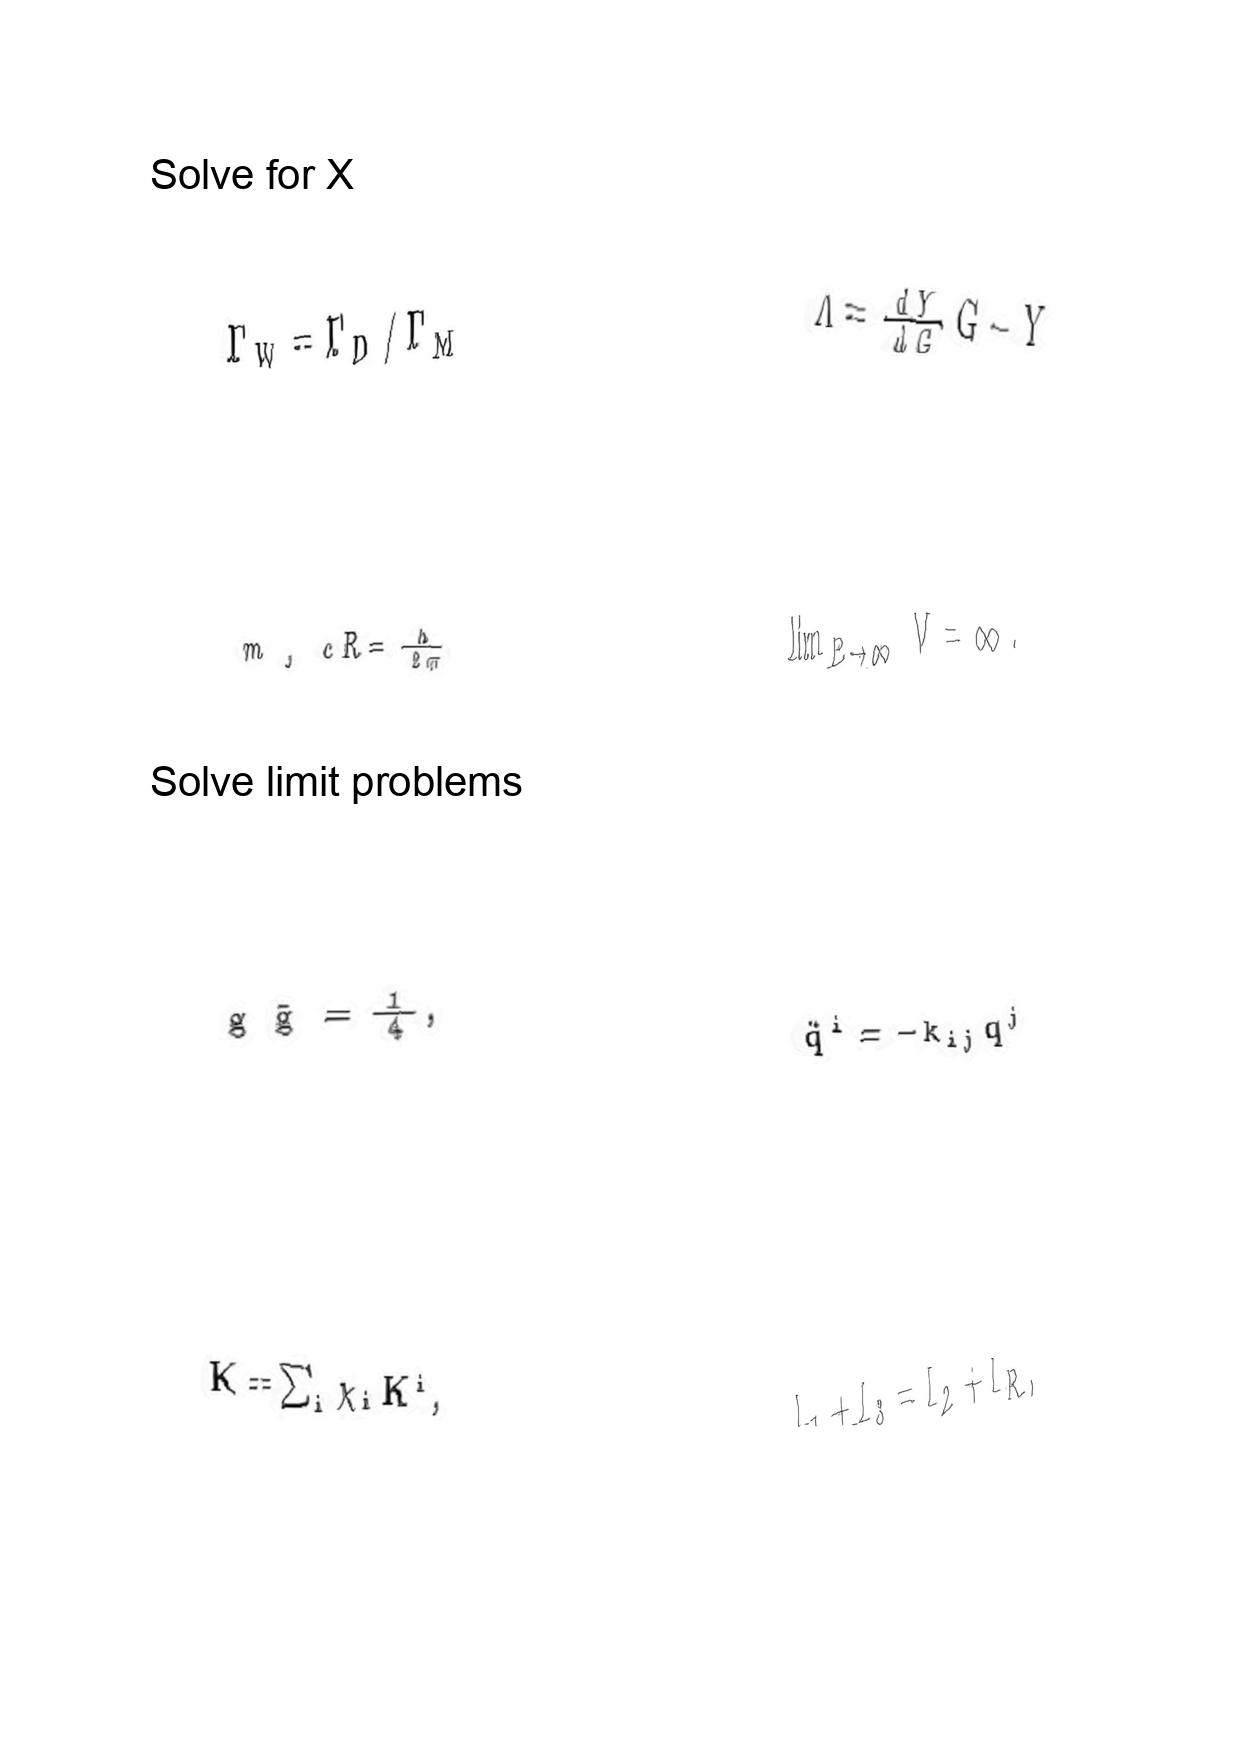
LaTeX transcription:
\Gamma _ { W } = \Gamma _ { D } / \Gamma _ { M }
m _ { _ { J } } c R = \frac { h } { 2 \pi }
g \tilde { g } = \frac { 1 } { 4 } ,
K = \sum _ { i } \chi _ { i } K ^ { i } ,
\Lambda = \frac { d Y } { d G } G - Y
\lim _ { E \to \infty } V = \infty .
\ddot { q } ^ { i } = - k _ { i j } q ^ { j }
I _ { 1 } + I _ { 3 } = I _ { 2 } + I _ { R } ,